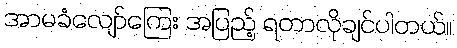
အာမခံလျော်ကြေး အပြည့် ရတာလိုချင်ပါတယ်။